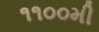
૧૧૦૦મી